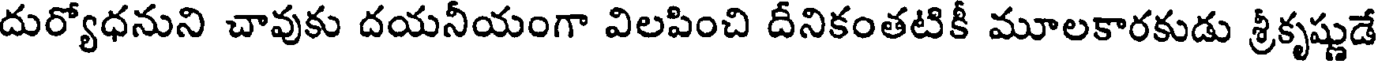
దుర్యోధనుని చావుకు దయనీయంగా విలపించి దీనికంతటికీ మూలకారకుడు శ్రీకృష్ణుడే